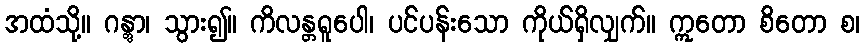
အထံသို့။ ဂန္တွာ၊ သွား၍။ ကိလန္တရူပေါ၊ ပင်ပန်းသော ကိုယ်ရှိလျှက်။ ဣတော စိတော စ၊